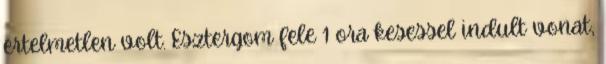
ertelmetlen volt. Esztergom fele 1 ora kesessel indult vonat,